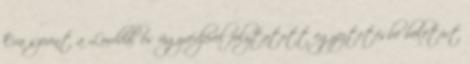
Éva szerint a Lorddal és ügyvédjével folytatott egyeztetésbe beletört